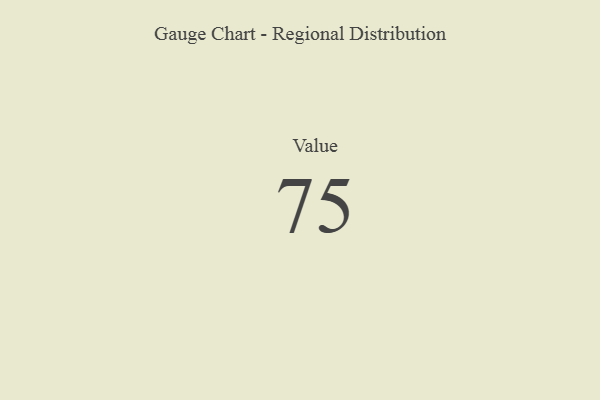
{"axis": {"x": "Metric", "y": "Value"}, "legend": [""], "data": [{"x": "Value", "y": 75, "type": ""}]}